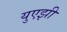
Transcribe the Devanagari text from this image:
युएझी